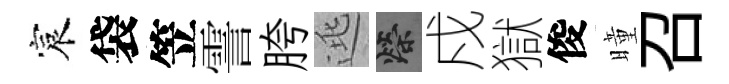
宸袋笠霅胯逃榮戍獄俊曈召